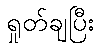
ရှုတ်ချပြီး